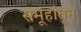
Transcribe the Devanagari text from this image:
समूहांतून